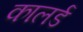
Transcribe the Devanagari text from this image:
कालर्ड